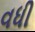
વધી